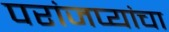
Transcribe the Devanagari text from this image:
परांजप्यांचा